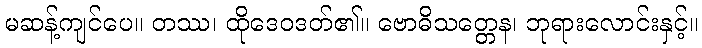
မဆန့်ကျင်ပေ။ တဿ၊ ထိုဒေဝဒတ်၏။ ဗောဓိသတ္တေန၊ ဘုရားလောင်းနှင့်။